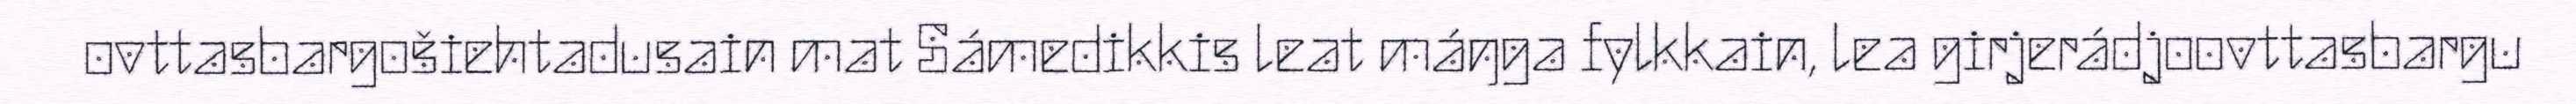
ovttasbargošiehtadusain mat Sámedikkis leat máŋga fylkkain, lea girjerádjoovttasbargu